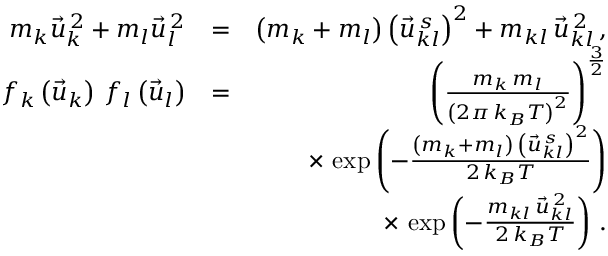
\begin{array} { r l r } { m _ { k } \vec { u } _ { k } ^ { \, 2 } + m _ { l } \vec { u } _ { l } ^ { \, 2 } } & { = } & { \left( m _ { k } + m _ { l } \right) \left( \vec { u } _ { k l } ^ { \, s } \right) ^ { 2 } + m _ { k l } \, \vec { u } _ { k l } ^ { \, 2 } \, , } \\ { f _ { k } \left( \vec { u } _ { k } \right) \, f _ { l } \left( \vec { u } _ { l } \right) } & { = } & { \left( \frac { m _ { k } \, m _ { l } } { \left( 2 \pi \, k _ { B } T \right) ^ { 2 } } \right) ^ { \frac { 3 } { 2 } } } \\ & { } & { \times \, \exp \left( - \frac { \left( m _ { k } + m _ { l } \right) \, \left( \vec { u } _ { k l } ^ { \, s } \right) ^ { 2 } } { 2 \, k _ { B } T } \right) } \\ & { } & { \times \, \exp \left( - \frac { m _ { k l } \, \vec { u } _ { k l } ^ { \, 2 } } { 2 \, k _ { B } T } \right) \, . } \end{array}